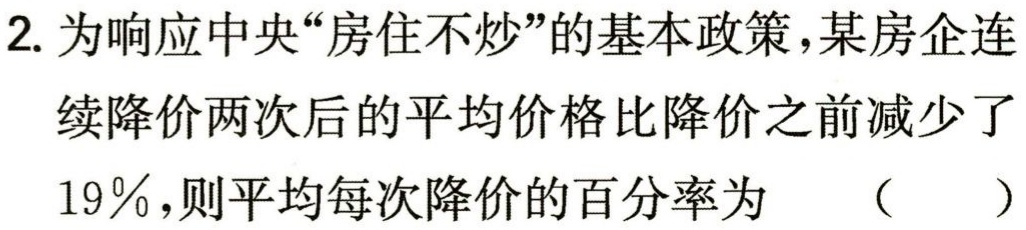
2. 为响应中央“房住不炒”的基本政策，某房企连续降价两次后的平均价格比降价之前减少了$19\%$，则平均每次降价的百分率为 （  ）